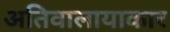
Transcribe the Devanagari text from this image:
अतिवालायाकार